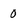
Character: 0